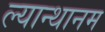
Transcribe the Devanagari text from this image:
ल्यान्थानम